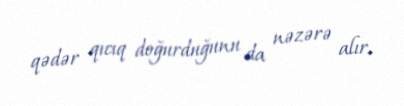
qədər qıcıq doğurduğunu da nəzərə alır.